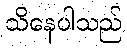
သိနေပါသည်